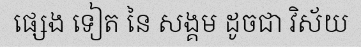
ផ្សេង ទៀត នៃ សង្គម ដូចជា វិស័យ